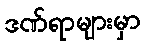
ဒဏ်ရာများမှာ